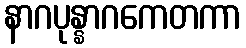
နာဂပုန္နာဂကေတကာ